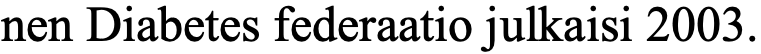
nen Diabetes federaatio julkaisi 2003.